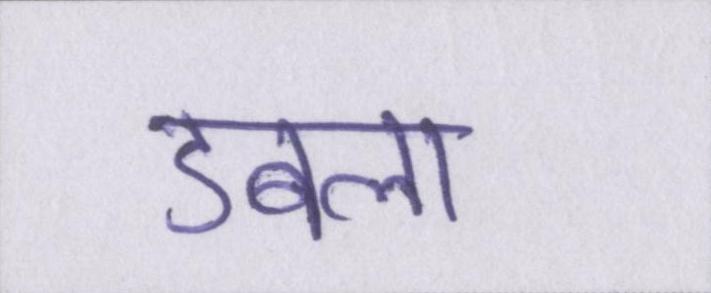
डबला